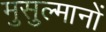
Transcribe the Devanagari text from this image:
मुसुल्मानों